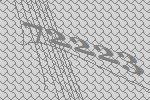
72223